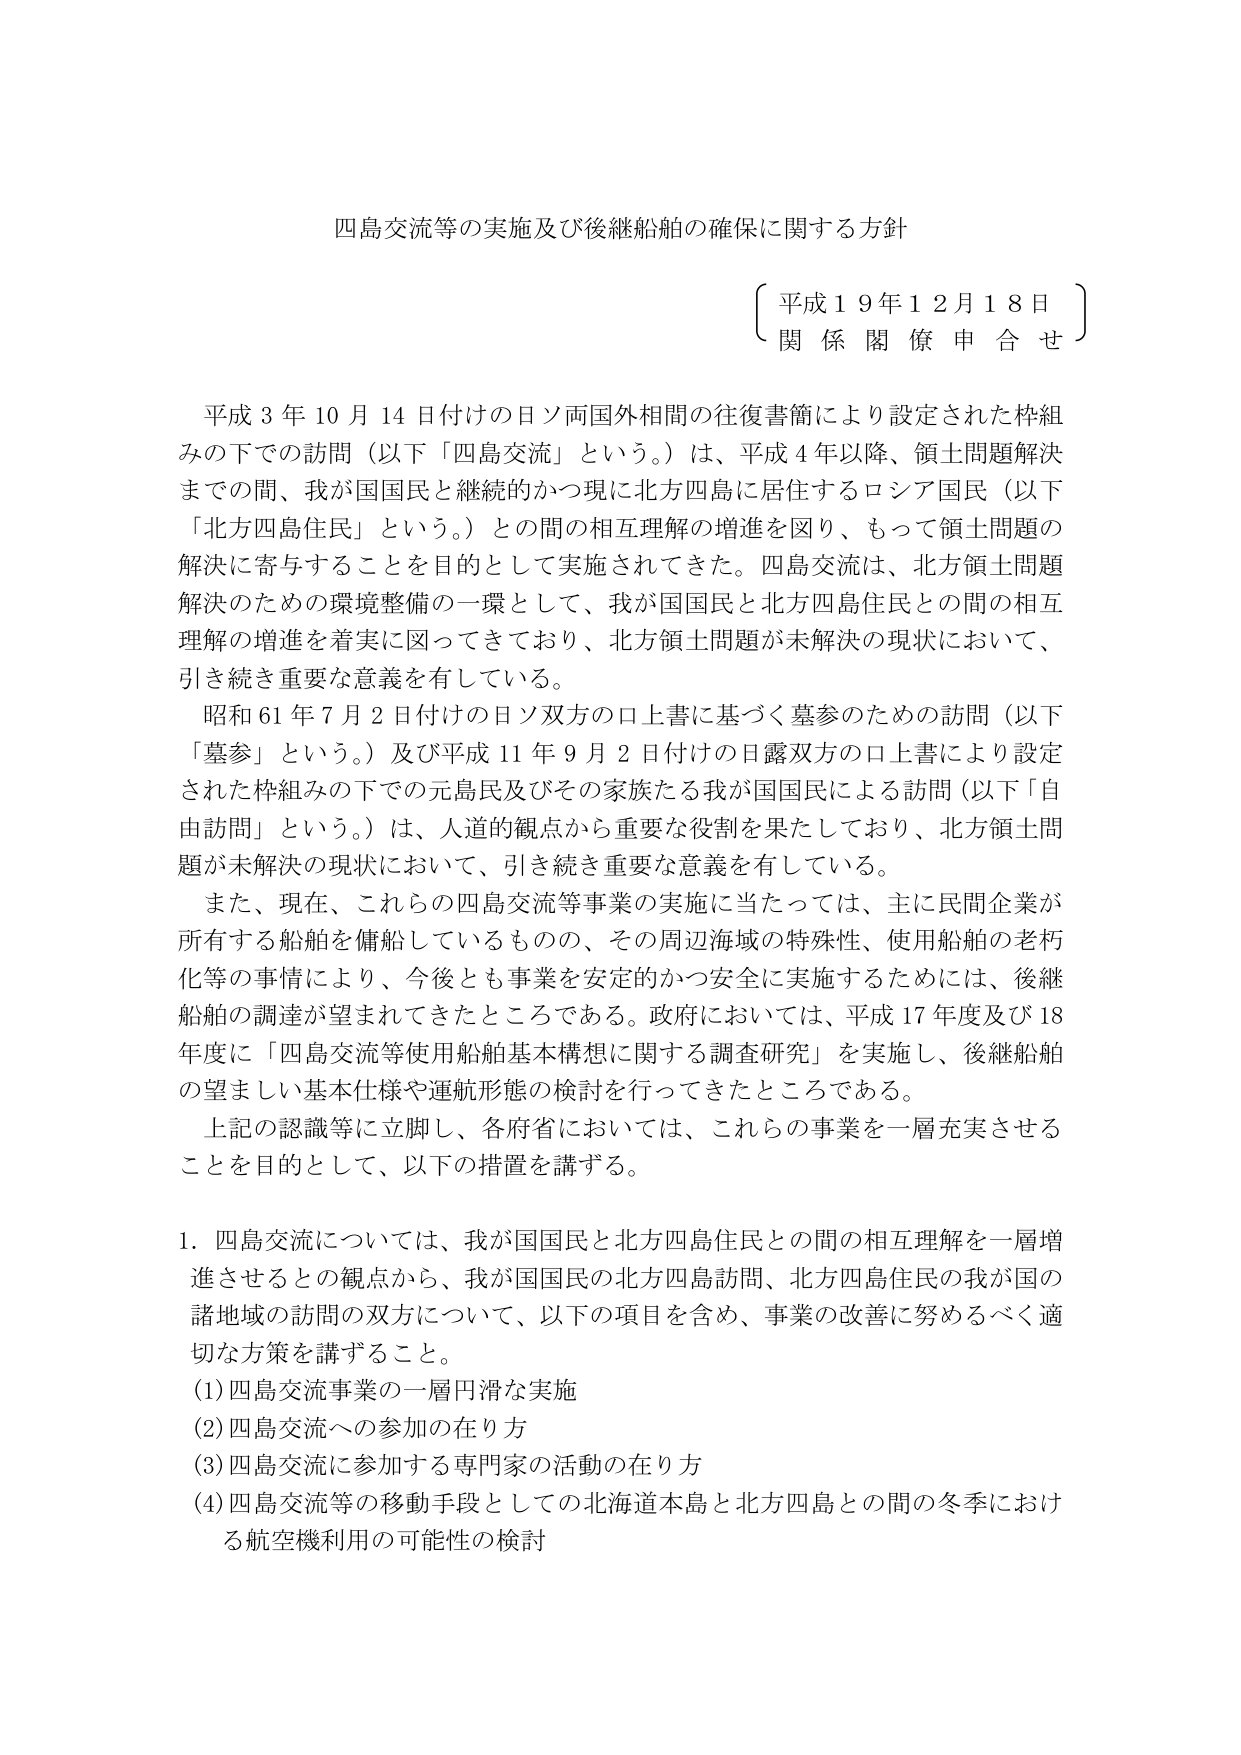
四島交流等の実施及び後継船舶の確保に関する方針

〔 平成１９年１２月１８日 〕
関 係 閣 僚 申 合 せ

平成３年１０月１４日付の日ソ両国外相間の往復書簡により設定された枠組みの下での訪問（以下「四島交流」という。）は、平成４年以降、領土問題解決までの間、我が国国民と継続的かつ現に北方四島に居住するロシア国民（以下「北方四島住民」という。）との間の相互理解の増進を図り、もって領土問題の解決に寄与することを目的として実施されてきた。四島交流は、北方領土問題解決のための環境整備の一環として、我が国国民と北方四島住民との間の相互理解の増進を着実に図ってきており、北方領土問題が未解決の現状において、引き続き重要な意義を有している。

昭和６１年７月２日付の日ソ双方の口上書に基づく墓参のための訪問（以下「墓参」という。）及び平成１１年９月２日付の日露双方の口上書により設定された枠組みの下での元島民及びその家族たる我が国国民による訪問（以下「自由訪問」という。）は、人道的観点から重要な役割を果たしており、北方領土問題が未解決の現状において、引き続き重要な意義を有している。

また、現在、これらの四島交流等事業の実施に当たっては、主に民間企業が所有する船舶を傭船しているものの、その周辺海域の特殊性、使用船舶の老朽化等の事情により、今後とも事業を安定的かつ安全に実施するためには、後継船舶の調達が望まれてきたところである。政府においては、平成１７年度及び１８年度に「四島交流等使用船舶基本構想に関する調査研究」を実施し、後継船舶の望ましい基本仕様や運航形態の検討を行ってきたところである。

上記の認識等に立脚し、各府省においては、これらの事業を一層充実させることを目的として、以下の措置を講ずる。

１．四島交流については、我が国国民と北方四島住民との間の相互理解を一層増進させるとの観点から、我が国国民の北方四島訪問、北方四島住民の我が国の諸地域の訪問の双方について、以下の項目を含め、事業の改善に努めるべく適切な方策を講ずること。

（１）四島交流事業の一層円滑な実施
（２）四島交流への参加の在り方
（３）四島交流に参加する専門家の活動の在り方
（４）四島交流等の移動手段としての北海道本島と北方四島との間の冬季における航空機利用の可能性の検討